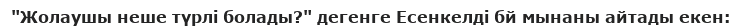
"Жолаушы неше түрлі болады?" дегенге Есенкелді бй мынаны айтады екен: